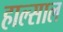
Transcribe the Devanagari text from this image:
हाल्साल